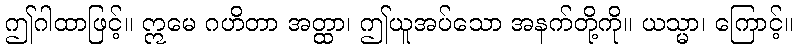
ဤဂါထာဖြင့်။ ဣမေ ဂဟိတာ အတ္ထာ၊ ဤယူအပ်သော အနက်တို့ကို။ ယသ္မာ၊ ကြောင့်။